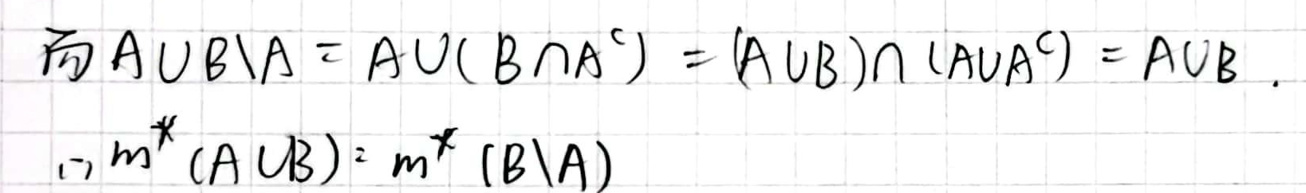
\[
\vec{A} \cup B \backslash A = A \cup (B \cap A^c) = (A \cup B) \cap (A \cup A^c) = A \cup B.
\]

\[
m^*(A \cup B) = m^*(B \backslash A)
\]

\[
= (A \cup B) \cap (A \cup A^c) = A \cup B.
\]